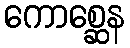
ကောစ္ဆေန